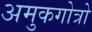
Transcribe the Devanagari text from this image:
अमुकगोत्रो